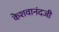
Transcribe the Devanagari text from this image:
केशवानंदजी